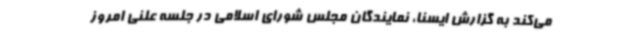
می‌کند به گزارش ایسنا، نمایندگان مجلس شورای اسلامی در جلسه علنی امروز